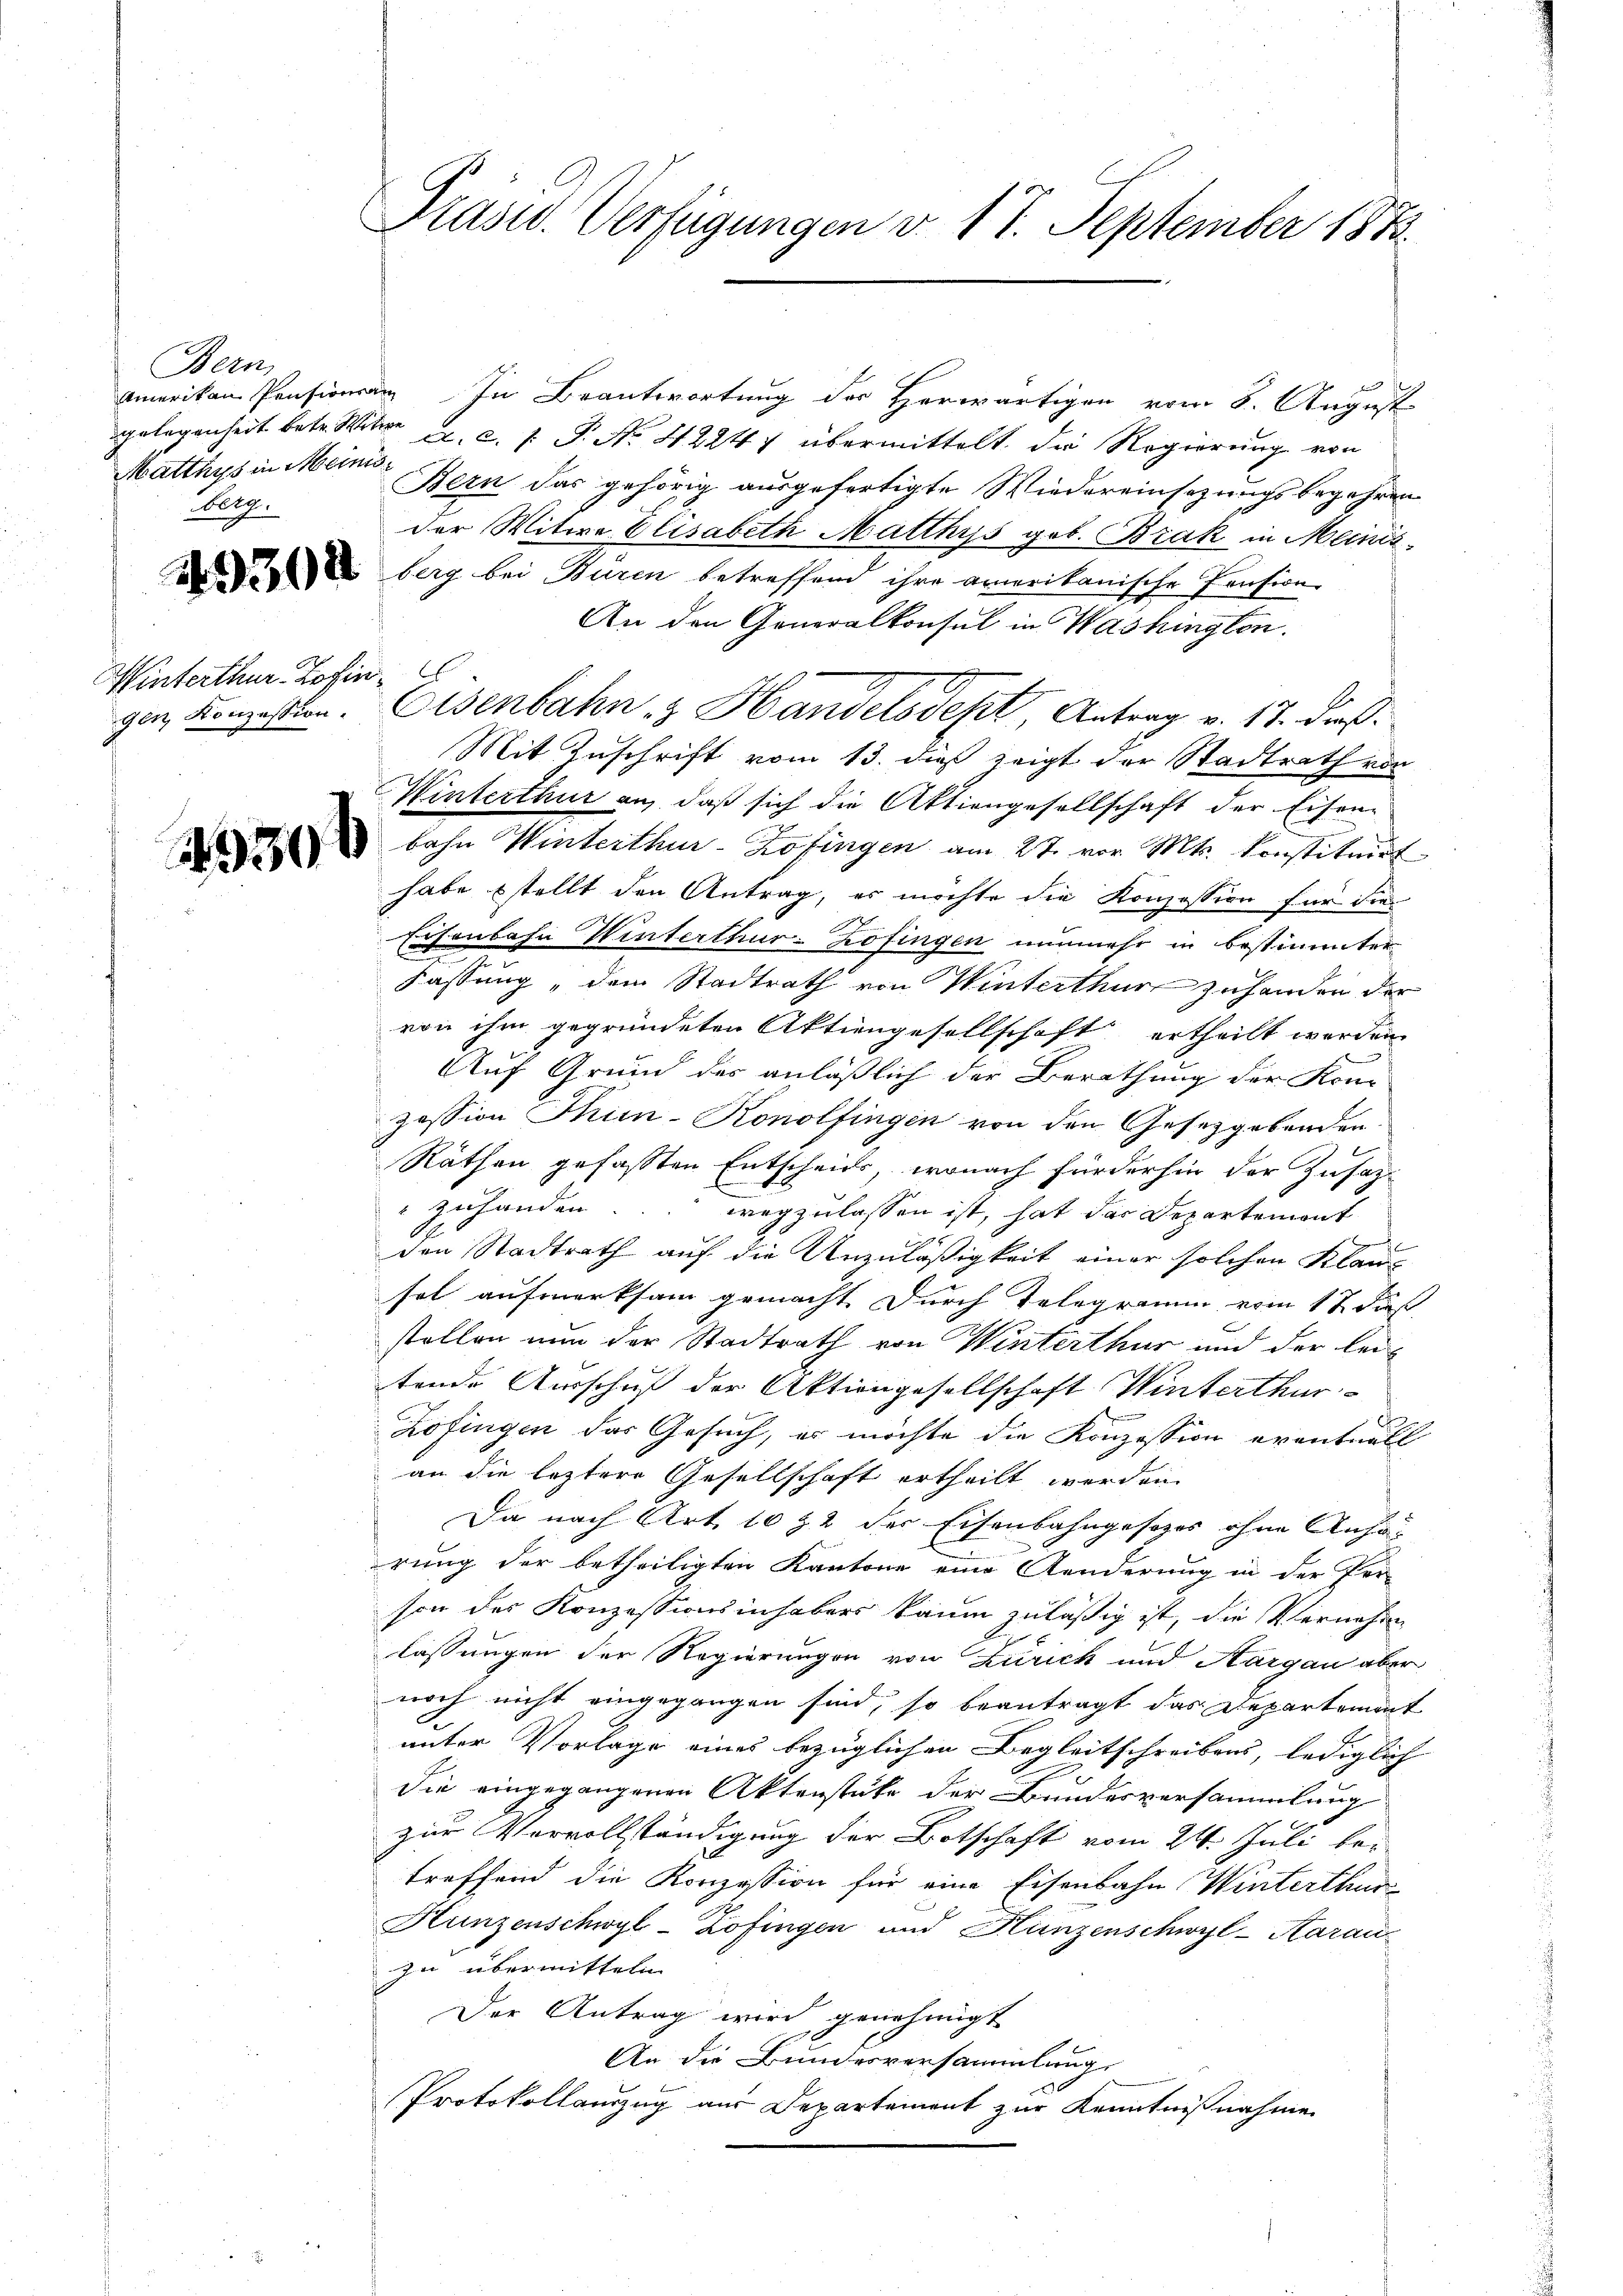
Bern,
Matthys in Meinis
Nelg.

.

Winterthur, Zofingen Konzession.

Präsid. Verfügungen v. 17. September 1873.

amerikan Pensionen In Beantwortung der Herwärtigen vom 8. August
gelegenheit betr. die a. c. 1. P. Nr. 42247 übermittelt die Regierung von
Bern das gehörig ausgefertigte Wiedereinsezungsbegehren
der Witwe Elisabeth Matthys gob. Brak in Meinis
dberg bei Würen betreffend ihre amerikanische Pension
An den Generalkonsul in Washingten.
Eisenbahn & Handelsdept, Antrag v. 17. dieß
Mit Zuschrift vom 13. dieß zeigt der Stadtrath von
MMinterthur an, daß sich die Aktiengesellschaft der Eisen-
 bahn Winterthur-Kofingen am 27. vor M. Konstituirt
habe estellt den Antrag, es möchte die Konzession für die
Eisenbahn Winterthur-Kofingen nunmehr in bestimmter
Fassung, dem Stadtrath von Winterthur zuhanden der
von ihm gegründeten Aktiengesellschaft ertheilt werden
Auf Grund des anläßlich der Berathung der Kom
zession Thun-Konolfingen von den Gesetzgebenden.
Räthen gefaßten Entscheids, wonach fürderhin der Zusatz¬
" zuhanden. wegzulassen ist, hat das Departement
.
den Stadtrath auf die Unzuläßigkeit einer solchen Klaus
sol aufmerksam gemacht durch Telegramm vom 17 dieß
stellen nun der Stadtrath von Winterthur und der leitende Ausschuß der Aktiengesellschaft Winterthur
Zofingen das Gesuch, es möchte die Konzession eventuell
an die leztere Gesellschaft ertheilt werden
Da nach Art. 10 32 der Eisenbahngesezes ohne Ansärung der betheiligten Kantone eine Aenderung in der Per-
son der Konzessionsinhaber kaum zuläßig ist, die Vernehme
lassungen der Regierungen von Zürich und Aargau aber
noch nicht eingegangen sind, so beantragt das Departement
unter Vorlage eines bezüglichen Begleitschreibens, lediglich
Fr
die eingegangenen Aktenstüke der Bundesversammlung
zur Vervollständigung der Botschaft vom 24. Juli betreffend die Konzession für eine Eisenbahn Winterthur
Hunzenschwyl-Zofingen und Hunzenschwyl-Aarau
zu übermitteln.
Der Antrag wird genehmigt
An die Bundesversammlung.
Protokollauszug aus Departement zur Kenntnißnahme